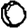
Digit: 0